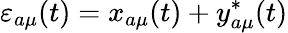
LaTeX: \varepsilon_{a\mu}(t)=x_{a\mu}(t)+y_{a\mu}^{*}(t)